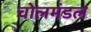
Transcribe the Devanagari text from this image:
चोलमंडल